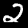
Label: 2